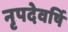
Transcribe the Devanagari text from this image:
नृपदेवर्षि